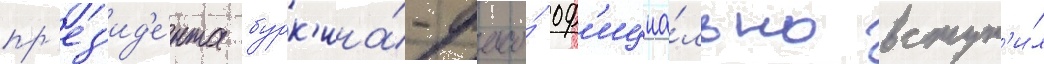
пр'ез'ид'е́нта бурк'ина́-фасо́ оф'ициа́льно вступ'и́л